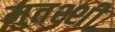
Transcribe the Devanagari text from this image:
मुतश्शी